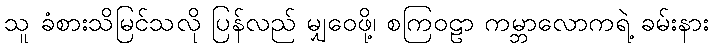
သူ ခံစားသိမြင်သလို ပြန်လည် မျှဝေဖို့၊ စကြဝဠာ ကမ္ဘာလောကရဲ့ ခမ်းနား